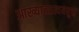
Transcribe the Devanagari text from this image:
आख्यातप्रत्यययुक्त